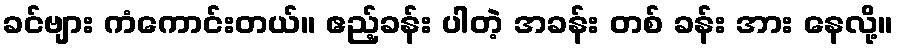
ခင်ဗျား ကံကောင်းတယ်။ ဧည့်ခန်း ပါတဲ့ အခန်း တစ် ခန်း အား နေလို့။